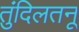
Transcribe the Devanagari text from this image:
तुंदिलतनू